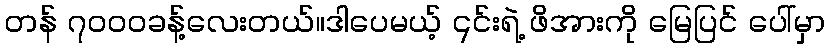
တန် ၇၀၀၀ခန့်လေးတယ်။ဒါပေမယ့် ၎င်းရဲ့ ဖိအားကို မြေပြင် ပေါ်မှာ